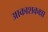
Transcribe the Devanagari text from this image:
आकाशकक्षा